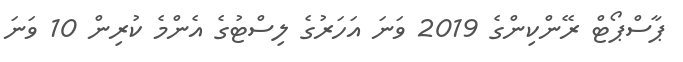
ޕާސްޕޯޓް ރޭންކިންގެ 2019 ވަނަ އަހަރުގެ ލިސްޓުގެ އެންމެ ކުރިން 10 ވަނަ